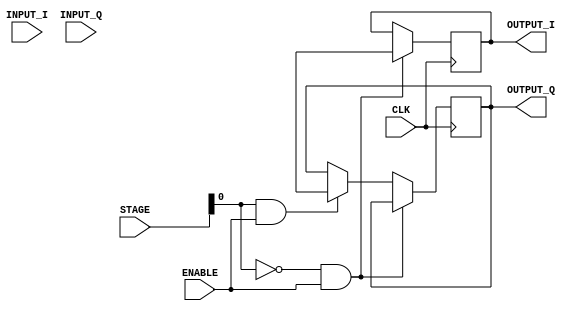
module filter8(
  input CLK,
  input ENABLE,
  input [3:0] STAGE,//should be parametrized size 
  input [65:0] INPUT_I,//should be parametrized size 
  input [65:0] INPUT_Q,//should be parametrized size 
  output [12:0] OUTPUT_I,
  output [12:0] OUTPUT_Q
);

  wire [13:0] sum;
  reg signed [12:0] result_i = 0;
  reg signed [12:0] result_q = 0;

  assign OUTPUT_I = result_i;
  assign OUTPUT_Q = result_q;

  wire [65:0] INPUT;//should be parametrized size 

  assign INPUT = STAGE[0] ? INPUT_Q : INPUT_I;

reg [13:0] a0, a1, a2, a3, a4, a5, a6, a7, a8, a9, a10, a11, a12, a13, a14, a15, a16, a17, a18, a19, a20, a21, a22, a23, a24, a25, a26, a27, a28, a29, a30, a31, a32;

always @ (STAGE or INPUT) 
begin

  a0 = 0;
  case ({STAGE[3:1], INPUT[1:0]})
    5'b00000 : a0 = 0;
    5'b00001 : a0 = -3;
    5'b00010 : a0 = 0;
    5'b00011 : a0 = 3;
    5'b00100 : a0 = 0;
    5'b00101 : a0 = 0;
    5'b00110 : a0 = 0;
    5'b00111 : a0 = 0;
    5'b01000 : a0 = 0;
    5'b01001 : a0 = 0;
    5'b01010 : a0 = 0;
    5'b01011 : a0 = 0;
    5'b01100 : a0 = 0;
    5'b01101 : a0 = 0;
    5'b01110 : a0 = 0;
    5'b01111 : a0 = 0;
    5'b10000 : a0 = 0;
    5'b10001 : a0 = 0;
    5'b10010 : a0 = 0;
    5'b10011 : a0 = 0;
    5'b10100 : a0 = 0;
    5'b10101 : a0 = 0;
    5'b10110 : a0 = 0;
    5'b10111 : a0 = 0;
    5'b11000 : a0 = 0;
    5'b11001 : a0 = 0;
    5'b11010 : a0 = 0;
    5'b11011 : a0 = 0;
    5'b11100 : a0 = 0;
    5'b11101 : a0 = 0;
    5'b11110 : a0 = 0;
    5'b11111 : a0 = 0;
  endcase

  a1 = 0;
  case ({STAGE[3:1], INPUT[3:2]})
    5'b00000 : a1 = 0;
    5'b00001 : a1 = 0;
    5'b00010 : a1 = 0;
    5'b00011 : a1 = 0;
    5'b00100 : a1 = 0;
    5'b00101 : a1 = 2;
    5'b00110 : a1 = 0;
    5'b00111 : a1 = -2;
    5'b01000 : a1 = 0;
    5'b01001 : a1 = 3;
    5'b01010 : a1 = 0;
    5'b01011 : a1 = -3;
    5'b01100 : a1 = 0;
    5'b01101 : a1 = 3;
    5'b01110 : a1 = 0;
    5'b01111 : a1 = -3;
    5'b10000 : a1 = 0;
    5'b10001 : a1 = 2;
    5'b10010 : a1 = 0;
    5'b10011 : a1 = -2;
    5'b10100 : a1 = 0;
    5'b10101 : a1 = 0;
    5'b10110 : a1 = 0;
    5'b10111 : a1 = 0;
    5'b11000 : a1 = 0;
    5'b11001 : a1 = -1;
    5'b11010 : a1 = 0;
    5'b11011 : a1 = 1;
    5'b11100 : a1 = 0;
    5'b11101 : a1 = -2;
    5'b11110 : a1 = 0;
    5'b11111 : a1 = 2;
  endcase

  a2 = 0;
  case ({STAGE[3:1], INPUT[5:4]})
    5'b00000 : a2 = 0;
    5'b00001 : a2 = 4;
    5'b00010 : a2 = 0;
    5'b00011 : a2 = -4;
    5'b00100 : a2 = 0;
    5'b00101 : a2 = 3;
    5'b00110 : a2 = 0;
    5'b00111 : a2 = -3;
    5'b01000 : a2 = 0;
    5'b01001 : a2 = 1;
    5'b01010 : a2 = 0;
    5'b01011 : a2 = -1;
    5'b01100 : a2 = 0;
    5'b01101 : a2 = 0;
    5'b01110 : a2 = 0;
    5'b01111 : a2 = 0;
    5'b10000 : a2 = 0;
    5'b10001 : a2 = -2;
    5'b10010 : a2 = 0;
    5'b10011 : a2 = 2;
    5'b10100 : a2 = 0;
    5'b10101 : a2 = -3;
    5'b10110 : a2 = 0;
    5'b10111 : a2 = 3;
    5'b11000 : a2 = 0;
    5'b11001 : a2 = -3;
    5'b11010 : a2 = 0;
    5'b11011 : a2 = 3;
    5'b11100 : a2 = 0;
    5'b11101 : a2 = -2;
    5'b11110 : a2 = 0;
    5'b11111 : a2 = 2;
  endcase

  a3 = 0;
  case ({STAGE[3:1], INPUT[7:6]})
    5'b00000 : a3 = 0;
    5'b00001 : a3 = 0;
    5'b00010 : a3 = 0;
    5'b00011 : a3 = 0;
    5'b00100 : a3 = 0;
    5'b00101 : a3 = -3;
    5'b00110 : a3 = 0;
    5'b00111 : a3 = 3;
    5'b01000 : a3 = 0;
    5'b01001 : a3 = -4;
    5'b01010 : a3 = 0;
    5'b01011 : a3 = 4;
    5'b01100 : a3 = 0;
    5'b01101 : a3 = -4;
    5'b01110 : a3 = 0;
    5'b01111 : a3 = 4;
    5'b10000 : a3 = 0;
    5'b10001 : a3 = -3;
    5'b10010 : a3 = 0;
    5'b10011 : a3 = 3;
    5'b10100 : a3 = 0;
    5'b10101 : a3 = -1;
    5'b10110 : a3 = 0;
    5'b10111 : a3 = 1;
    5'b11000 : a3 = 0;
    5'b11001 : a3 = 1;
    5'b11010 : a3 = 0;
    5'b11011 : a3 = -1;
    5'b11100 : a3 = 0;
    5'b11101 : a3 = 3;
    5'b11110 : a3 = 0;
    5'b11111 : a3 = -3;
  endcase

  a4 = 0;
  case ({STAGE[3:1], INPUT[9:8]})
    5'b00000 : a4 = 0;
    5'b00001 : a4 = -6;
    5'b00010 : a4 = 0;
    5'b00011 : a4 = 6;
    5'b00100 : a4 = 0;
    5'b00101 : a4 = -5;
    5'b00110 : a4 = 0;
    5'b00111 : a4 = 5;
    5'b01000 : a4 = 0;
    5'b01001 : a4 = -2;
    5'b01010 : a4 = 0;
    5'b01011 : a4 = 2;
    5'b01100 : a4 = 0;
    5'b01101 : a4 = 0;
    5'b01110 : a4 = 0;
    5'b01111 : a4 = 0;
    5'b10000 : a4 = 0;
    5'b10001 : a4 = 3;
    5'b10010 : a4 = 0;
    5'b10011 : a4 = -3;
    5'b10100 : a4 = 0;
    5'b10101 : a4 = 5;
    5'b10110 : a4 = 0;
    5'b10111 : a4 = -5;
    5'b11000 : a4 = 0;
    5'b11001 : a4 = 4;
    5'b11010 : a4 = 0;
    5'b11011 : a4 = -4;
    5'b11100 : a4 = 0;
    5'b11101 : a4 = 2;
    5'b11110 : a4 = 0;
    5'b11111 : a4 = -2;
  endcase

  a5 = 0;
  case ({STAGE[3:1], INPUT[11:10]})
    5'b00000 : a5 = 0;
    5'b00001 : a5 = 0;
    5'b00010 : a5 = 0;
    5'b00011 : a5 = 0;
    5'b00100 : a5 = 0;
    5'b00101 : a5 = 4;
    5'b00110 : a5 = 0;
    5'b00111 : a5 = -4;
    5'b01000 : a5 = 0;
    5'b01001 : a5 = 6;
    5'b01010 : a5 = 0;
    5'b01011 : a5 = -6;
    5'b01100 : a5 = 0;
    5'b01101 : a5 = 6;
    5'b01110 : a5 = 0;
    5'b01111 : a5 = -6;
    5'b10000 : a5 = 0;
    5'b10001 : a5 = 4;
    5'b10010 : a5 = 0;
    5'b10011 : a5 = -4;
    5'b10100 : a5 = 0;
    5'b10101 : a5 = 1;
    5'b10110 : a5 = 0;
    5'b10111 : a5 = -1;
    5'b11000 : a5 = 0;
    5'b11001 : a5 = -2;
    5'b11010 : a5 = 0;
    5'b11011 : a5 = 2;
    5'b11100 : a5 = 0;
    5'b11101 : a5 = -5;
    5'b11110 : a5 = 0;
    5'b11111 : a5 = 5;
  endcase

  a6 = 0;
  case ({STAGE[3:1], INPUT[13:12]})
    5'b00000 : a6 = 0;
    5'b00001 : a6 = 8;
    5'b00010 : a6 = 0;
    5'b00011 : a6 = -8;
    5'b00100 : a6 = 0;
    5'b00101 : a6 = 7;
    5'b00110 : a6 = 0;
    5'b00111 : a6 = -7;
    5'b01000 : a6 = 0;
    5'b01001 : a6 = 3;
    5'b01010 : a6 = 0;
    5'b01011 : a6 = -3;
    5'b01100 : a6 = 0;
    5'b01101 : a6 = -1;
    5'b01110 : a6 = 0;
    5'b01111 : a6 = 1;
    5'b10000 : a6 = 0;
    5'b10001 : a6 = -5;
    5'b10010 : a6 = 0;
    5'b10011 : a6 = 5;
    5'b10100 : a6 = 0;
    5'b10101 : a6 = -7;
    5'b10110 : a6 = 0;
    5'b10111 : a6 = 7;
    5'b11000 : a6 = 0;
    5'b11001 : a6 = -6;
    5'b11010 : a6 = 0;
    5'b11011 : a6 = 6;
    5'b11100 : a6 = 0;
    5'b11101 : a6 = -3;
    5'b11110 : a6 = 0;
    5'b11111 : a6 = 3;
  endcase

  a7 = 0;
  case ({STAGE[3:1], INPUT[15:14]})
    5'b00000 : a7 = 0;
    5'b00001 : a7 = 0;
    5'b00010 : a7 = 0;
    5'b00011 : a7 = 0;
    5'b00100 : a7 = 0;
    5'b00101 : a7 = -6;
    5'b00110 : a7 = 0;
    5'b00111 : a7 = 6;
    5'b01000 : a7 = 0;
    5'b01001 : a7 = -10;
    5'b01010 : a7 = 0;
    5'b01011 : a7 = 10;
    5'b01100 : a7 = 0;
    5'b01101 : a7 = -10;
    5'b01110 : a7 = 0;
    5'b01111 : a7 = 10;
    5'b10000 : a7 = 0;
    5'b10001 : a7 = -7;
    5'b10010 : a7 = 0;
    5'b10011 : a7 = 7;
    5'b10100 : a7 = 0;
    5'b10101 : a7 = -2;
    5'b10110 : a7 = 0;
    5'b10111 : a7 = 2;
    5'b11000 : a7 = 0;
    5'b11001 : a7 = 3;
    5'b11010 : a7 = 0;
    5'b11011 : a7 = -3;
    5'b11100 : a7 = 0;
    5'b11101 : a7 = 7;
    5'b11110 : a7 = 0;
    5'b11111 : a7 = -7;
  endcase

  a8 = 0;
  case ({STAGE[3:1], INPUT[17:16]})
    5'b00000 : a8 = 0;
    5'b00001 : a8 = -13;
    5'b00010 : a8 = 0;
    5'b00011 : a8 = 13;
    5'b00100 : a8 = 0;
    5'b00101 : a8 = -11;
    5'b00110 : a8 = 0;
    5'b00111 : a8 = 11;
    5'b01000 : a8 = 0;
    5'b01001 : a8 = -5;
    5'b01010 : a8 = 0;
    5'b01011 : a8 = 5;
    5'b01100 : a8 = 0;
    5'b01101 : a8 = 2;
    5'b01110 : a8 = 0;
    5'b01111 : a8 = -2;
    5'b10000 : a8 = 0;
    5'b10001 : a8 = 8;
    5'b10010 : a8 = 0;
    5'b10011 : a8 = -8;
    5'b10100 : a8 = 0;
    5'b10101 : a8 = 11;
    5'b10110 : a8 = 0;
    5'b10111 : a8 = -11;
    5'b11000 : a8 = 0;
    5'b11001 : a8 = 10;
    5'b11010 : a8 = 0;
    5'b11011 : a8 = -10;
    5'b11100 : a8 = 0;
    5'b11101 : a8 = 5;
    5'b11110 : a8 = 0;
    5'b11111 : a8 = -5;
  endcase

  a9 = 0;
  case ({STAGE[3:1], INPUT[19:18]})
    5'b00000 : a9 = 0;
    5'b00001 : a9 = 1;
    5'b00010 : a9 = 0;
    5'b00011 : a9 = -1;
    5'b00100 : a9 = 0;
    5'b00101 : a9 = 10;
    5'b00110 : a9 = 0;
    5'b00111 : a9 = -10;
    5'b01000 : a9 = 0;
    5'b01001 : a9 = 16;
    5'b01010 : a9 = 0;
    5'b01011 : a9 = -16;
    5'b01100 : a9 = 0;
    5'b01101 : a9 = 16;
    5'b01110 : a9 = 0;
    5'b01111 : a9 = -16;
    5'b10000 : a9 = 0;
    5'b10001 : a9 = 11;
    5'b10010 : a9 = 0;
    5'b10011 : a9 = -11;
    5'b10100 : a9 = 0;
    5'b10101 : a9 = 3;
    5'b10110 : a9 = 0;
    5'b10111 : a9 = -3;
    5'b11000 : a9 = 0;
    5'b11001 : a9 = -5;
    5'b11010 : a9 = 0;
    5'b11011 : a9 = 5;
    5'b11100 : a9 = 0;
    5'b11101 : a9 = -11;
    5'b11110 : a9 = 0;
    5'b11111 : a9 = 11;
  endcase

  a10 = 0;
  case ({STAGE[3:1], INPUT[21:20]})
    5'b00000 : a10 = 0;
    5'b00001 : a10 = 24;
    5'b00010 : a10 = 0;
    5'b00011 : a10 = -24;
    5'b00100 : a10 = 0;
    5'b00101 : a10 = 19;
    5'b00110 : a10 = 0;
    5'b00111 : a10 = -19;
    5'b01000 : a10 = 0;
    5'b01001 : a10 = 9;
    5'b01010 : a10 = 0;
    5'b01011 : a10 = -9;
    5'b01100 : a10 = 0;
    5'b01101 : a10 = -3;
    5'b01110 : a10 = 0;
    5'b01111 : a10 = 3;
    5'b10000 : a10 = 0;
    5'b10001 : a10 = -13;
    5'b10010 : a10 = 0;
    5'b10011 : a10 = 13;
    5'b10100 : a10 = 0;
    5'b10101 : a10 = -18;
    5'b10110 : a10 = 0;
    5'b10111 : a10 = 18;
    5'b11000 : a10 = 0;
    5'b11001 : a10 = -16;
    5'b11010 : a10 = 0;
    5'b11011 : a10 = 16;
    5'b11100 : a10 = 0;
    5'b11101 : a10 = -9;
    5'b11110 : a10 = 0;
    5'b11111 : a10 = 9;
  endcase

  a11 = 0;
  case ({STAGE[3:1], INPUT[23:22]})
    5'b00000 : a11 = 0;
    5'b00001 : a11 = -3;
    5'b00010 : a11 = 0;
    5'b00011 : a11 = 3;
    5'b00100 : a11 = 0;
    5'b00101 : a11 = -21;
    5'b00110 : a11 = 0;
    5'b00111 : a11 = 21;
    5'b01000 : a11 = 0;
    5'b01001 : a11 = -32;
    5'b01010 : a11 = 0;
    5'b01011 : a11 = 32;
    5'b01100 : a11 = 0;
    5'b01101 : a11 = -32;
    5'b01110 : a11 = 0;
    5'b01111 : a11 = 32;
    5'b10000 : a11 = 0;
    5'b10001 : a11 = -22;
    5'b10010 : a11 = 0;
    5'b10011 : a11 = 22;
    5'b10100 : a11 = 0;
    5'b10101 : a11 = -6;
    5'b10110 : a11 = 0;
    5'b10111 : a11 = 6;
    5'b11000 : a11 = 0;
    5'b11001 : a11 = 9;
    5'b11010 : a11 = 0;
    5'b11011 : a11 = -9;
    5'b11100 : a11 = 0;
    5'b11101 : a11 = 20;
    5'b11110 : a11 = 0;
    5'b11111 : a11 = -20;
  endcase

  a12 = 0;
  case ({STAGE[3:1], INPUT[25:24]})
    5'b00000 : a12 = 0;
    5'b00001 : a12 = -55;
    5'b00010 : a12 = 0;
    5'b00011 : a12 = 55;
    5'b00100 : a12 = 0;
    5'b00101 : a12 = -44;
    5'b00110 : a12 = 0;
    5'b00111 : a12 = 44;
    5'b01000 : a12 = 0;
    5'b01001 : a12 = -21;
    5'b01010 : a12 = 0;
    5'b01011 : a12 = 21;
    5'b01100 : a12 = 0;
    5'b01101 : a12 = 6;
    5'b01110 : a12 = 0;
    5'b01111 : a12 = -6;
    5'b10000 : a12 = 0;
    5'b10001 : a12 = 27;
    5'b10010 : a12 = 0;
    5'b10011 : a12 = -27;
    5'b10100 : a12 = 0;
    5'b10101 : a12 = 37;
    5'b10110 : a12 = 0;
    5'b10111 : a12 = -37;
    5'b11000 : a12 = 0;
    5'b11001 : a12 = 32;
    5'b11010 : a12 = 0;
    5'b11011 : a12 = -32;
    5'b11100 : a12 = 0;
    5'b11101 : a12 = 16;
    5'b11110 : a12 = 0;
    5'b11111 : a12 = -16;
  endcase

  a13 = 0;
  case ({STAGE[3:1], INPUT[27:26]})
    5'b00000 : a13 = 0;
    5'b00001 : a13 = 16;
    5'b00010 : a13 = 0;
    5'b00011 : a13 = -16;
    5'b00100 : a13 = 0;
    5'b00101 : a13 = 65;
    5'b00110 : a13 = 0;
    5'b00111 : a13 = -65;
    5'b01000 : a13 = 0;
    5'b01001 : a13 = 90;
    5'b01010 : a13 = 0;
    5'b01011 : a13 = -90;
    5'b01100 : a13 = 0;
    5'b01101 : a13 = 87;
    5'b01110 : a13 = 0;
    5'b01111 : a13 = -87;
    5'b10000 : a13 = 0;
    5'b10001 : a13 = 59;
    5'b10010 : a13 = 0;
    5'b10011 : a13 = -59;
    5'b10100 : a13 = 0;
    5'b10101 : a13 = 18;
    5'b10110 : a13 = 0;
    5'b10111 : a13 = -18;
    5'b11000 : a13 = 0;
    5'b11001 : a13 = -21;
    5'b11010 : a13 = 0;
    5'b11011 : a13 = 21;
    5'b11100 : a13 = 0;
    5'b11101 : a13 = -47;
    5'b11110 : a13 = 0;
    5'b11111 : a13 = 47;
  endcase

  a14 = 0;
  case ({STAGE[3:1], INPUT[29:28]})
    5'b00000 : a14 = 0;
    5'b00001 : a14 = 234;
    5'b00010 : a14 = 0;
    5'b00011 : a14 = -234;
    5'b00100 : a14 = 0;
    5'b00101 : a14 = 180;
    5'b00110 : a14 = 0;
    5'b00111 : a14 = -180;
    5'b01000 : a14 = 0;
    5'b01001 : a14 = 85;
    5'b01010 : a14 = 0;
    5'b01011 : a14 = -85;
    5'b01100 : a14 = 0;
    5'b01101 : a14 = -12;
    5'b01110 : a14 = 0;
    5'b01111 : a14 = 12;
    5'b10000 : a14 = 0;
    5'b10001 : a14 = -82;
    5'b10010 : a14 = 0;
    5'b10011 : a14 = 82;
    5'b10100 : a14 = 0;
    5'b10101 : a14 = -108;
    5'b10110 : a14 = 0;
    5'b10111 : a14 = 108;
    5'b11000 : a14 = 0;
    5'b11001 : a14 = -90;
    5'b11010 : a14 = 0;
    5'b11011 : a14 = 90;
    5'b11100 : a14 = 0;
    5'b11101 : a14 = -42;
    5'b11110 : a14 = 0;
    5'b11111 : a14 = 42;
  endcase

  a15 = 0;
  case ({STAGE[3:1], INPUT[31:30]})
    5'b00000 : a15 = 0;
    5'b00001 : a15 = -585;
    5'b00010 : a15 = 0;
    5'b00011 : a15 = 585;
    5'b00100 : a15 = 0;
    5'b00101 : a15 = -857;
    5'b00110 : a15 = 0;
    5'b00111 : a15 = 857;
    5'b01000 : a15 = 0;
    5'b01001 : a15 = -865;
    5'b01010 : a15 = 0;
    5'b01011 : a15 = 865;
    5'b01100 : a15 = 0;
    5'b01101 : a15 = -686;
    5'b01110 : a15 = 0;
    5'b01111 : a15 = 686;
    5'b10000 : a15 = 0;
    5'b10001 : a15 = -414;
    5'b10010 : a15 = 0;
    5'b10011 : a15 = 414;
    5'b10100 : a15 = 0;
    5'b10101 : a15 = -134;
    5'b10110 : a15 = 0;
    5'b10111 : a15 = 134;
    5'b11000 : a15 = 0;
    5'b11001 : a15 = 85;
    5'b11010 : a15 = 0;
    5'b11011 : a15 = -85;
    5'b11100 : a15 = 0;
    5'b11101 : a15 = 209;
    5'b11110 : a15 = 0;
    5'b11111 : a15 = -209;
  endcase

  a16 = 0;
  case ({STAGE[3:1], INPUT[33:32]})
    5'b00000 : a16 = 0;
    5'b00001 : a16 = 6272;
    5'b00010 : a16 = 0;
    5'b00011 : a16 = -6272;
    5'b00100 : a16 = 0;
    5'b00101 : a16 = 6040;
    5'b00110 : a16 = 0;
    5'b00111 : a16 = -6040;
    5'b01000 : a16 = 0;
    5'b01001 : a16 = 5378;
    5'b01010 : a16 = 0;
    5'b01011 : a16 = -5378;
    5'b01100 : a16 = 0;
    5'b01101 : a16 = 4382;
    5'b01110 : a16 = 0;
    5'b01111 : a16 = -4382;
    5'b10000 : a16 = 0;
    5'b10001 : a16 = 3193;
    5'b10010 : a16 = 0;
    5'b10011 : a16 = -3193;
    5'b10100 : a16 = 0;
    5'b10101 : a16 = 1971;
    5'b10110 : a16 = 0;
    5'b10111 : a16 = -1971;
    5'b11000 : a16 = 0;
    5'b11001 : a16 = 865;
    5'b11010 : a16 = 0;
    5'b11011 : a16 = -865;
    5'b11100 : a16 = 0;
    5'b11101 : a16 = -8;
    5'b11110 : a16 = 0;
    5'b11111 : a16 = 8;
  endcase

  a17 = 0;
  case ({STAGE[3:1], INPUT[35:34]})
    5'b00000 : a17 = 0;
    5'b00001 : a17 = -585;
    5'b00010 : a17 = 0;
    5'b00011 : a17 = 585;
    5'b00100 : a17 = 0;
    5'b00101 : a17 = -8;
    5'b00110 : a17 = 0;
    5'b00111 : a17 = 8;
    5'b01000 : a17 = 0;
    5'b01001 : a17 = 865;
    5'b01010 : a17 = 0;
    5'b01011 : a17 = -865;
    5'b01100 : a17 = 0;
    5'b01101 : a17 = 1971;
    5'b01110 : a17 = 0;
    5'b01111 : a17 = -1971;
    5'b10000 : a17 = 0;
    5'b10001 : a17 = 3193;
    5'b10010 : a17 = 0;
    5'b10011 : a17 = -3193;
    5'b10100 : a17 = 0;
    5'b10101 : a17 = 4382;
    5'b10110 : a17 = 0;
    5'b10111 : a17 = -4382;
    5'b11000 : a17 = 0;
    5'b11001 : a17 = 5378;
    5'b11010 : a17 = 0;
    5'b11011 : a17 = -5378;
    5'b11100 : a17 = 0;
    5'b11101 : a17 = 6040;
    5'b11110 : a17 = 0;
    5'b11111 : a17 = -6040;
  endcase

  a18 = 0;
  case ({STAGE[3:1], INPUT[37:36]})
    5'b00000 : a18 = 0;
    5'b00001 : a18 = 234;
    5'b00010 : a18 = 0;
    5'b00011 : a18 = -234;
    5'b00100 : a18 = 0;
    5'b00101 : a18 = 209;
    5'b00110 : a18 = 0;
    5'b00111 : a18 = -209;
    5'b01000 : a18 = 0;
    5'b01001 : a18 = 85;
    5'b01010 : a18 = 0;
    5'b01011 : a18 = -85;
    5'b01100 : a18 = 0;
    5'b01101 : a18 = -134;
    5'b01110 : a18 = 0;
    5'b01111 : a18 = 134;
    5'b10000 : a18 = 0;
    5'b10001 : a18 = -414;
    5'b10010 : a18 = 0;
    5'b10011 : a18 = 414;
    5'b10100 : a18 = 0;
    5'b10101 : a18 = -686;
    5'b10110 : a18 = 0;
    5'b10111 : a18 = 686;
    5'b11000 : a18 = 0;
    5'b11001 : a18 = -865;
    5'b11010 : a18 = 0;
    5'b11011 : a18 = 865;
    5'b11100 : a18 = 0;
    5'b11101 : a18 = -857;
    5'b11110 : a18 = 0;
    5'b11111 : a18 = 857;
  endcase

  a19 = 0;
  case ({STAGE[3:1], INPUT[39:38]})
    5'b00000 : a19 = 0;
    5'b00001 : a19 = 16;
    5'b00010 : a19 = 0;
    5'b00011 : a19 = -16;
    5'b00100 : a19 = 0;
    5'b00101 : a19 = -42;
    5'b00110 : a19 = 0;
    5'b00111 : a19 = 42;
    5'b01000 : a19 = 0;
    5'b01001 : a19 = -90;
    5'b01010 : a19 = 0;
    5'b01011 : a19 = 90;
    5'b01100 : a19 = 0;
    5'b01101 : a19 = -108;
    5'b01110 : a19 = 0;
    5'b01111 : a19 = 108;
    5'b10000 : a19 = 0;
    5'b10001 : a19 = -82;
    5'b10010 : a19 = 0;
    5'b10011 : a19 = 82;
    5'b10100 : a19 = 0;
    5'b10101 : a19 = -12;
    5'b10110 : a19 = 0;
    5'b10111 : a19 = 12;
    5'b11000 : a19 = 0;
    5'b11001 : a19 = 85;
    5'b11010 : a19 = 0;
    5'b11011 : a19 = -85;
    5'b11100 : a19 = 0;
    5'b11101 : a19 = 180;
    5'b11110 : a19 = 0;
    5'b11111 : a19 = -180;
  endcase

  a20 = 0;
  case ({STAGE[3:1], INPUT[41:40]})
    5'b00000 : a20 = 0;
    5'b00001 : a20 = -55;
    5'b00010 : a20 = 0;
    5'b00011 : a20 = 55;
    5'b00100 : a20 = 0;
    5'b00101 : a20 = -47;
    5'b00110 : a20 = 0;
    5'b00111 : a20 = 47;
    5'b01000 : a20 = 0;
    5'b01001 : a20 = -21;
    5'b01010 : a20 = 0;
    5'b01011 : a20 = 21;
    5'b01100 : a20 = 0;
    5'b01101 : a20 = 18;
    5'b01110 : a20 = 0;
    5'b01111 : a20 = -18;
    5'b10000 : a20 = 0;
    5'b10001 : a20 = 59;
    5'b10010 : a20 = 0;
    5'b10011 : a20 = -59;
    5'b10100 : a20 = 0;
    5'b10101 : a20 = 87;
    5'b10110 : a20 = 0;
    5'b10111 : a20 = -87;
    5'b11000 : a20 = 0;
    5'b11001 : a20 = 90;
    5'b11010 : a20 = 0;
    5'b11011 : a20 = -90;
    5'b11100 : a20 = 0;
    5'b11101 : a20 = 65;
    5'b11110 : a20 = 0;
    5'b11111 : a20 = -65;
  endcase

  a21 = 0;
  case ({STAGE[3:1], INPUT[43:42]})
    5'b00000 : a21 = 0;
    5'b00001 : a21 = -3;
    5'b00010 : a21 = 0;
    5'b00011 : a21 = 3;
    5'b00100 : a21 = 0;
    5'b00101 : a21 = 16;
    5'b00110 : a21 = 0;
    5'b00111 : a21 = -16;
    5'b01000 : a21 = 0;
    5'b01001 : a21 = 32;
    5'b01010 : a21 = 0;
    5'b01011 : a21 = -32;
    5'b01100 : a21 = 0;
    5'b01101 : a21 = 37;
    5'b01110 : a21 = 0;
    5'b01111 : a21 = -37;
    5'b10000 : a21 = 0;
    5'b10001 : a21 = 27;
    5'b10010 : a21 = 0;
    5'b10011 : a21 = -27;
    5'b10100 : a21 = 0;
    5'b10101 : a21 = 6;
    5'b10110 : a21 = 0;
    5'b10111 : a21 = -6;
    5'b11000 : a21 = 0;
    5'b11001 : a21 = -21;
    5'b11010 : a21 = 0;
    5'b11011 : a21 = 21;
    5'b11100 : a21 = 0;
    5'b11101 : a21 = -44;
    5'b11110 : a21 = 0;
    5'b11111 : a21 = 44;
  endcase

  a22 = 0;
  case ({STAGE[3:1], INPUT[45:44]})
    5'b00000 : a22 = 0;
    5'b00001 : a22 = 24;
    5'b00010 : a22 = 0;
    5'b00011 : a22 = -24;
    5'b00100 : a22 = 0;
    5'b00101 : a22 = 20;
    5'b00110 : a22 = 0;
    5'b00111 : a22 = -20;
    5'b01000 : a22 = 0;
    5'b01001 : a22 = 9;
    5'b01010 : a22 = 0;
    5'b01011 : a22 = -9;
    5'b01100 : a22 = 0;
    5'b01101 : a22 = -6;
    5'b01110 : a22 = 0;
    5'b01111 : a22 = 6;
    5'b10000 : a22 = 0;
    5'b10001 : a22 = -22;
    5'b10010 : a22 = 0;
    5'b10011 : a22 = 22;
    5'b10100 : a22 = 0;
    5'b10101 : a22 = -32;
    5'b10110 : a22 = 0;
    5'b10111 : a22 = 32;
    5'b11000 : a22 = 0;
    5'b11001 : a22 = -32;
    5'b11010 : a22 = 0;
    5'b11011 : a22 = 32;
    5'b11100 : a22 = 0;
    5'b11101 : a22 = -21;
    5'b11110 : a22 = 0;
    5'b11111 : a22 = 21;
  endcase

  a23 = 0;
  case ({STAGE[3:1], INPUT[47:46]})
    5'b00000 : a23 = 0;
    5'b00001 : a23 = 1;
    5'b00010 : a23 = 0;
    5'b00011 : a23 = -1;
    5'b00100 : a23 = 0;
    5'b00101 : a23 = -9;
    5'b00110 : a23 = 0;
    5'b00111 : a23 = 9;
    5'b01000 : a23 = 0;
    5'b01001 : a23 = -16;
    5'b01010 : a23 = 0;
    5'b01011 : a23 = 16;
    5'b01100 : a23 = 0;
    5'b01101 : a23 = -18;
    5'b01110 : a23 = 0;
    5'b01111 : a23 = 18;
    5'b10000 : a23 = 0;
    5'b10001 : a23 = -13;
    5'b10010 : a23 = 0;
    5'b10011 : a23 = 13;
    5'b10100 : a23 = 0;
    5'b10101 : a23 = -3;
    5'b10110 : a23 = 0;
    5'b10111 : a23 = 3;
    5'b11000 : a23 = 0;
    5'b11001 : a23 = 9;
    5'b11010 : a23 = 0;
    5'b11011 : a23 = -9;
    5'b11100 : a23 = 0;
    5'b11101 : a23 = 19;
    5'b11110 : a23 = 0;
    5'b11111 : a23 = -19;
  endcase

  a24 = 0;
  case ({STAGE[3:1], INPUT[49:48]})
    5'b00000 : a24 = 0;
    5'b00001 : a24 = -13;
    5'b00010 : a24 = 0;
    5'b00011 : a24 = 13;
    5'b00100 : a24 = 0;
    5'b00101 : a24 = -11;
    5'b00110 : a24 = 0;
    5'b00111 : a24 = 11;
    5'b01000 : a24 = 0;
    5'b01001 : a24 = -5;
    5'b01010 : a24 = 0;
    5'b01011 : a24 = 5;
    5'b01100 : a24 = 0;
    5'b01101 : a24 = 3;
    5'b01110 : a24 = 0;
    5'b01111 : a24 = -3;
    5'b10000 : a24 = 0;
    5'b10001 : a24 = 11;
    5'b10010 : a24 = 0;
    5'b10011 : a24 = -11;
    5'b10100 : a24 = 0;
    5'b10101 : a24 = 16;
    5'b10110 : a24 = 0;
    5'b10111 : a24 = -16;
    5'b11000 : a24 = 0;
    5'b11001 : a24 = 16;
    5'b11010 : a24 = 0;
    5'b11011 : a24 = -16;
    5'b11100 : a24 = 0;
    5'b11101 : a24 = 10;
    5'b11110 : a24 = 0;
    5'b11111 : a24 = -10;
  endcase

  a25 = 0;
  case ({STAGE[3:1], INPUT[51:50]})
    5'b00000 : a25 = 0;
    5'b00001 : a25 = 0;
    5'b00010 : a25 = 0;
    5'b00011 : a25 = 0;
    5'b00100 : a25 = 0;
    5'b00101 : a25 = 5;
    5'b00110 : a25 = 0;
    5'b00111 : a25 = -5;
    5'b01000 : a25 = 0;
    5'b01001 : a25 = 10;
    5'b01010 : a25 = 0;
    5'b01011 : a25 = -10;
    5'b01100 : a25 = 0;
    5'b01101 : a25 = 11;
    5'b01110 : a25 = 0;
    5'b01111 : a25 = -11;
    5'b10000 : a25 = 0;
    5'b10001 : a25 = 8;
    5'b10010 : a25 = 0;
    5'b10011 : a25 = -8;
    5'b10100 : a25 = 0;
    5'b10101 : a25 = 2;
    5'b10110 : a25 = 0;
    5'b10111 : a25 = -2;
    5'b11000 : a25 = 0;
    5'b11001 : a25 = -5;
    5'b11010 : a25 = 0;
    5'b11011 : a25 = 5;
    5'b11100 : a25 = 0;
    5'b11101 : a25 = -11;
    5'b11110 : a25 = 0;
    5'b11111 : a25 = 11;
  endcase

  a26 = 0;
  case ({STAGE[3:1], INPUT[53:52]})
    5'b00000 : a26 = 0;
    5'b00001 : a26 = 8;
    5'b00010 : a26 = 0;
    5'b00011 : a26 = -8;
    5'b00100 : a26 = 0;
    5'b00101 : a26 = 7;
    5'b00110 : a26 = 0;
    5'b00111 : a26 = -7;
    5'b01000 : a26 = 0;
    5'b01001 : a26 = 3;
    5'b01010 : a26 = 0;
    5'b01011 : a26 = -3;
    5'b01100 : a26 = 0;
    5'b01101 : a26 = -2;
    5'b01110 : a26 = 0;
    5'b01111 : a26 = 2;
    5'b10000 : a26 = 0;
    5'b10001 : a26 = -7;
    5'b10010 : a26 = 0;
    5'b10011 : a26 = 7;
    5'b10100 : a26 = 0;
    5'b10101 : a26 = -10;
    5'b10110 : a26 = 0;
    5'b10111 : a26 = 10;
    5'b11000 : a26 = 0;
    5'b11001 : a26 = -10;
    5'b11010 : a26 = 0;
    5'b11011 : a26 = 10;
    5'b11100 : a26 = 0;
    5'b11101 : a26 = -6;
    5'b11110 : a26 = 0;
    5'b11111 : a26 = 6;
  endcase

  a27 = 0;
  case ({STAGE[3:1], INPUT[55:54]})
    5'b00000 : a27 = 0;
    5'b00001 : a27 = 0;
    5'b00010 : a27 = 0;
    5'b00011 : a27 = 0;
    5'b00100 : a27 = 0;
    5'b00101 : a27 = -3;
    5'b00110 : a27 = 0;
    5'b00111 : a27 = 3;
    5'b01000 : a27 = 0;
    5'b01001 : a27 = -6;
    5'b01010 : a27 = 0;
    5'b01011 : a27 = 6;
    5'b01100 : a27 = 0;
    5'b01101 : a27 = -7;
    5'b01110 : a27 = 0;
    5'b01111 : a27 = 7;
    5'b10000 : a27 = 0;
    5'b10001 : a27 = -5;
    5'b10010 : a27 = 0;
    5'b10011 : a27 = 5;
    5'b10100 : a27 = 0;
    5'b10101 : a27 = -1;
    5'b10110 : a27 = 0;
    5'b10111 : a27 = 1;
    5'b11000 : a27 = 0;
    5'b11001 : a27 = 3;
    5'b11010 : a27 = 0;
    5'b11011 : a27 = -3;
    5'b11100 : a27 = 0;
    5'b11101 : a27 = 7;
    5'b11110 : a27 = 0;
    5'b11111 : a27 = -7;
  endcase

  a28 = 0;
  case ({STAGE[3:1], INPUT[57:56]})
    5'b00000 : a28 = 0;
    5'b00001 : a28 = -6;
    5'b00010 : a28 = 0;
    5'b00011 : a28 = 6;
    5'b00100 : a28 = 0;
    5'b00101 : a28 = -5;
    5'b00110 : a28 = 0;
    5'b00111 : a28 = 5;
    5'b01000 : a28 = 0;
    5'b01001 : a28 = -2;
    5'b01010 : a28 = 0;
    5'b01011 : a28 = 2;
    5'b01100 : a28 = 0;
    5'b01101 : a28 = 1;
    5'b01110 : a28 = 0;
    5'b01111 : a28 = -1;
    5'b10000 : a28 = 0;
    5'b10001 : a28 = 4;
    5'b10010 : a28 = 0;
    5'b10011 : a28 = -4;
    5'b10100 : a28 = 0;
    5'b10101 : a28 = 6;
    5'b10110 : a28 = 0;
    5'b10111 : a28 = -6;
    5'b11000 : a28 = 0;
    5'b11001 : a28 = 6;
    5'b11010 : a28 = 0;
    5'b11011 : a28 = -6;
    5'b11100 : a28 = 0;
    5'b11101 : a28 = 4;
    5'b11110 : a28 = 0;
    5'b11111 : a28 = -4;
  endcase

  a29 = 0;
  case ({STAGE[3:1], INPUT[59:58]})
    5'b00000 : a29 = 0;
    5'b00001 : a29 = 0;
    5'b00010 : a29 = 0;
    5'b00011 : a29 = 0;
    5'b00100 : a29 = 0;
    5'b00101 : a29 = 2;
    5'b00110 : a29 = 0;
    5'b00111 : a29 = -2;
    5'b01000 : a29 = 0;
    5'b01001 : a29 = 4;
    5'b01010 : a29 = 0;
    5'b01011 : a29 = -4;
    5'b01100 : a29 = 0;
    5'b01101 : a29 = 5;
    5'b01110 : a29 = 0;
    5'b01111 : a29 = -5;
    5'b10000 : a29 = 0;
    5'b10001 : a29 = 3;
    5'b10010 : a29 = 0;
    5'b10011 : a29 = -3;
    5'b10100 : a29 = 0;
    5'b10101 : a29 = 0;
    5'b10110 : a29 = 0;
    5'b10111 : a29 = 0;
    5'b11000 : a29 = 0;
    5'b11001 : a29 = -2;
    5'b11010 : a29 = 0;
    5'b11011 : a29 = 2;
    5'b11100 : a29 = 0;
    5'b11101 : a29 = -5;
    5'b11110 : a29 = 0;
    5'b11111 : a29 = 5;
  endcase

  a30 = 0;
  case ({STAGE[3:1], INPUT[61:60]})
    5'b00000 : a30 = 0;
    5'b00001 : a30 = 4;
    5'b00010 : a30 = 0;
    5'b00011 : a30 = -4;
    5'b00100 : a30 = 0;
    5'b00101 : a30 = 3;
    5'b00110 : a30 = 0;
    5'b00111 : a30 = -3;
    5'b01000 : a30 = 0;
    5'b01001 : a30 = 1;
    5'b01010 : a30 = 0;
    5'b01011 : a30 = -1;
    5'b01100 : a30 = 0;
    5'b01101 : a30 = -1;
    5'b01110 : a30 = 0;
    5'b01111 : a30 = 1;
    5'b10000 : a30 = 0;
    5'b10001 : a30 = -3;
    5'b10010 : a30 = 0;
    5'b10011 : a30 = 3;
    5'b10100 : a30 = 0;
    5'b10101 : a30 = -4;
    5'b10110 : a30 = 0;
    5'b10111 : a30 = 4;
    5'b11000 : a30 = 0;
    5'b11001 : a30 = -4;
    5'b11010 : a30 = 0;
    5'b11011 : a30 = 4;
    5'b11100 : a30 = 0;
    5'b11101 : a30 = -3;
    5'b11110 : a30 = 0;
    5'b11111 : a30 = 3;
  endcase

  a31 = 0;
  case ({STAGE[3:1], INPUT[63:62]})
    5'b00000 : a31 = 0;
    5'b00001 : a31 = 0;
    5'b00010 : a31 = 0;
    5'b00011 : a31 = 0;
    5'b00100 : a31 = 0;
    5'b00101 : a31 = -2;
    5'b00110 : a31 = 0;
    5'b00111 : a31 = 2;
    5'b01000 : a31 = 0;
    5'b01001 : a31 = -3;
    5'b01010 : a31 = 0;
    5'b01011 : a31 = 3;
    5'b01100 : a31 = 0;
    5'b01101 : a31 = -3;
    5'b01110 : a31 = 0;
    5'b01111 : a31 = 3;
    5'b10000 : a31 = 0;
    5'b10001 : a31 = -2;
    5'b10010 : a31 = 0;
    5'b10011 : a31 = 2;
    5'b10100 : a31 = 0;
    5'b10101 : a31 = 0;
    5'b10110 : a31 = 0;
    5'b10111 : a31 = 0;
    5'b11000 : a31 = 0;
    5'b11001 : a31 = 1;
    5'b11010 : a31 = 0;
    5'b11011 : a31 = -1;
    5'b11100 : a31 = 0;
    5'b11101 : a31 = 3;
    5'b11110 : a31 = 0;
    5'b11111 : a31 = -3;
  endcase

  a32 = 0;
  case ({STAGE[3:1], INPUT[65:64]})
    5'b00000 : a32 = 0;
    5'b00001 : a32 = -3;
    5'b00010 : a32 = 0;
    5'b00011 : a32 = 3;
    5'b00100 : a32 = 0;
    5'b00101 : a32 = -2;
    5'b00110 : a32 = 0;
    5'b00111 : a32 = 2;
    5'b01000 : a32 = 0;
    5'b01001 : a32 = -1;
    5'b01010 : a32 = 0;
    5'b01011 : a32 = 1;
    5'b01100 : a32 = 0;
    5'b01101 : a32 = 0;
    5'b01110 : a32 = 0;
    5'b01111 : a32 = 0;
    5'b10000 : a32 = 0;
    5'b10001 : a32 = 2;
    5'b10010 : a32 = 0;
    5'b10011 : a32 = -2;
    5'b10100 : a32 = 0;
    5'b10101 : a32 = 3;
    5'b10110 : a32 = 0;
    5'b10111 : a32 = -3;
    5'b11000 : a32 = 0;
    5'b11001 : a32 = 3;
    5'b11010 : a32 = 0;
    5'b11011 : a32 = -3;
    5'b11100 : a32 = 0;
    5'b11101 : a32 = 2;
    5'b11110 : a32 = 0;
    5'b11111 : a32 = -2;
  endcase

end

always @(posedge CLK)
  begin
    if (STAGE[0] == 0 && ENABLE)
    begin
      result_i <= sum[13:1];
      //$monitor ("%t Display OUTPUT_I : %h", $time, result_i);
    end
    else if (STAGE[0] == 1 && ENABLE)
    begin
      result_q <= sum[13:1];
     // $monitor ("%t Display OUTPUT_Q : %h", $time, result_q);
    end
  end

endmodule